Civil Veterinary Dept. Bombay admin report 1932-41 - 1932-1941
Year: 1932
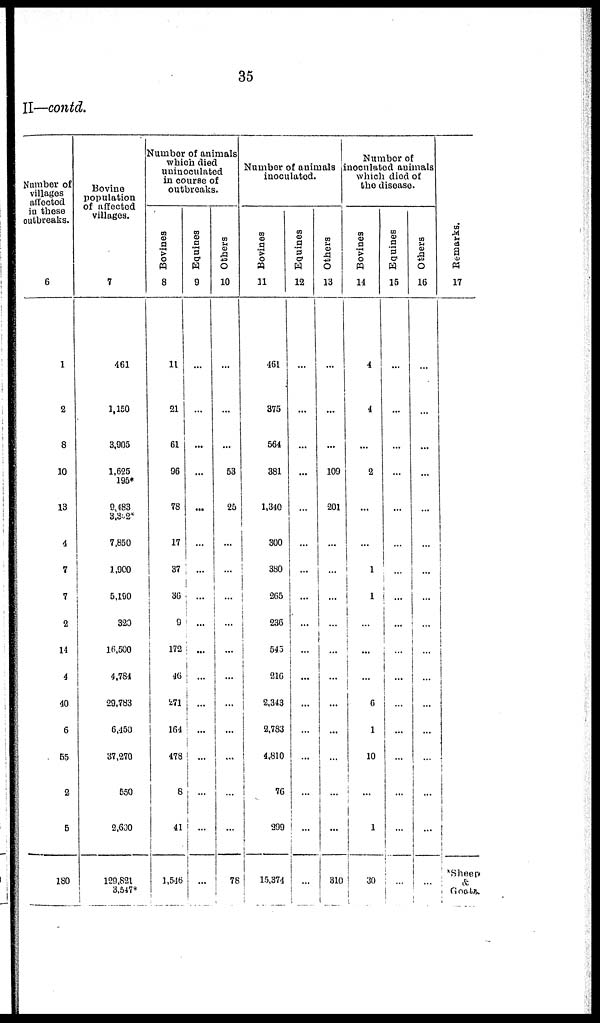
35
II—contd.
Number of
villages
affected
in these
outbreaks.
6
1
2
8
10
13
4
7
7
2
14
4
40
6
55
2
5
180
Bovine
population
of affected
villages.
7
461
1,160
3,905
1,625
195*
9,483
3,302*
7,850
1,000
5,190
320
16,500
4,784
29,783
6,450
37,270
650
2,600
129,821
3,547*
Number of animals
which died
uninoculated
in course of
outbreaks.
Bovines
8
11
21
61
96
78
17
37
36
9
172
46
271
164
478
8
41
1,546
Equines
9
...
...
...
...
...
...
...
...
...
...
...
...
...
...
...
...
Others
10
...
...
...
53
25
...
...
...
...
...
...
...
...
...
78
Number of animals
inoculated.
Bovines
11
461
375
564
381
1,340
300
380
265
236
545
216
2,343
2,783
4,810
76
399
15,374
Equines
12
...
...
...
...
...
...
...
...
...
...
...
...
...
...
...
...
...
Others
13
...
...
...
109
201
...
...
...
...
...
...
...
...
...
...
...
310
Number of
inoculated animals
which died of
the disense.
Bovines
14
4
4
...
2
...
...
1
1
...
...
...
6
1
10
...
1
30
Equines
15
...
...
...
...
...
...
...
...
...
...
...
...
...
...
...
...
...
Others
16
...
...
...
...
...
...
...
...
...
...
...
...
...
...
...
...
Remarks.
17
...
*Sheep
&
Goats.